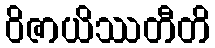
ဝိဇာယိဿတီတိ